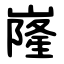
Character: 嶐